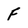
Character: F